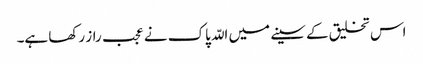
اس تخلیق کے سینے میں اللّہ پاک نے عجب راز رکھا ہے۔